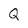
Character: Q